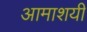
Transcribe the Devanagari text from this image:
आमाशयी